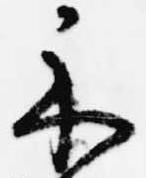
示